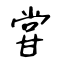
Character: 甞